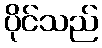
ပိုင်သည်